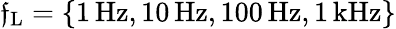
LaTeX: \mathfrak{f}_{\mathrm{{L}}}=\{ 1\, \mathrm{{Hz}},10\, \mathrm{{Hz}},100\, \mathrm{{Hz}},1\, \mathrm{{kHz}}\}